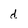
Character: d